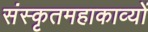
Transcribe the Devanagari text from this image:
संस्कृतमहाकाव्यों